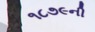
૧૮૭૯ની